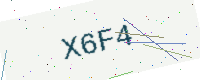
Text: X6F4